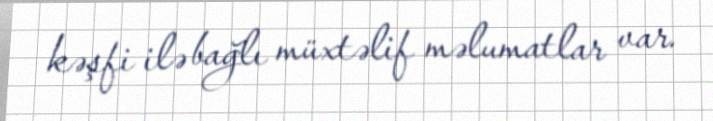
kəşfi ilə bağlı müxtəlif məlumatlar var.